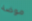
موضة